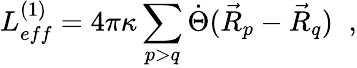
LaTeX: L_{eff}^{(1)}=4\pi\kappa\sum_{p>q}\dot{\Theta}(\vec{R}_{p}-\vec{R}_{q})\; \; ,